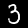
Label: 3